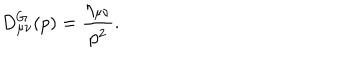
LaTeX: D _ { \mu \nu } ^ { G } ( p ) = \frac { \eta _ { \mu \nu } } { p ^ { 2 } } .